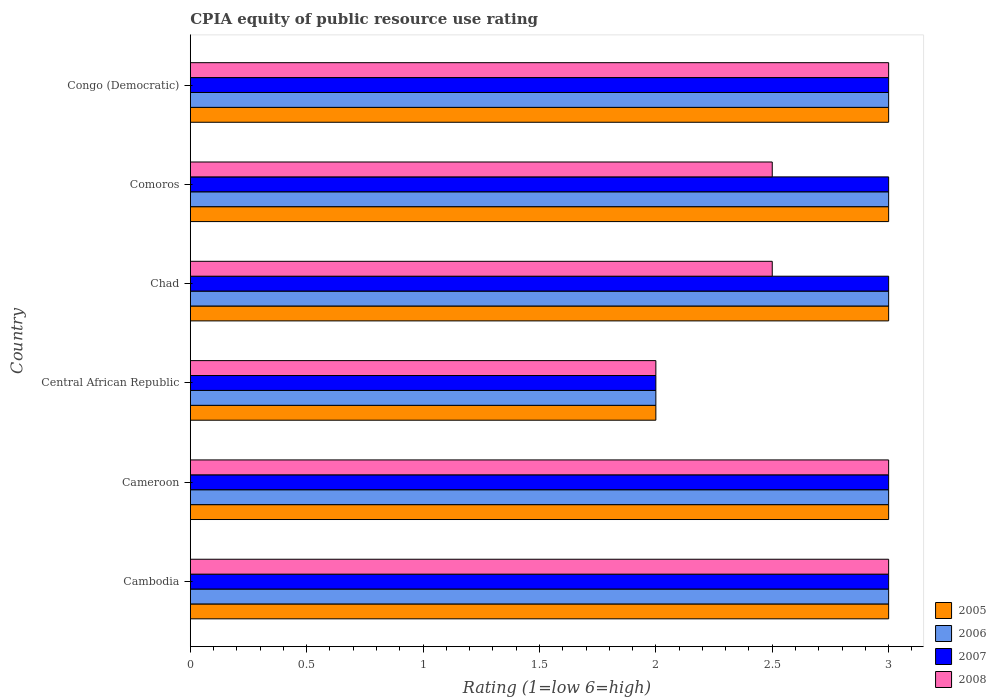
| Country | 2005 | 2006 | 2007 | 2008 |
 | --- | --- | --- | --- | --- |
 | Cambodia | 3 | 3 | 3 | 3 |
 | Cameroon | 3 | 3 | 3 | 3 |
 | Central African Republic | 2 | 2 | 2 | 2 |
 | Chad | 3 | 3 | 3 | 2.5 |
 | Comoros | 3 | 3 | 3 | 2.5 |
 | Congo (Democratic) | 3 | 3 | 3 | 3 |